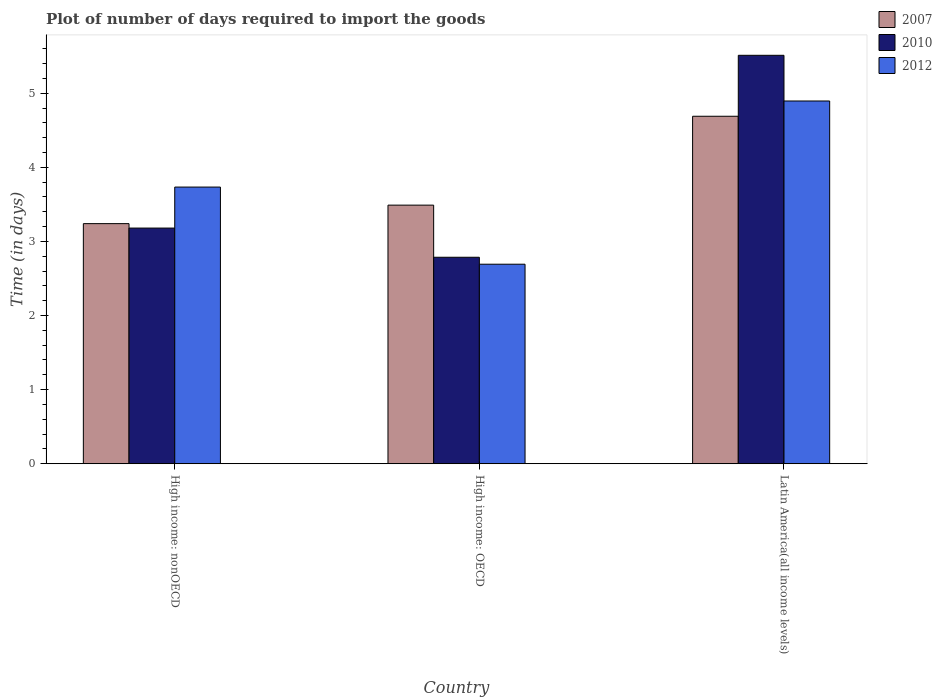
| Country | 2007 | 2010 | 2012 |
 | --- | --- | --- | --- |
 | High income: nonOECD | 3.24 | 3.18 | 3.73 |
 | High income: OECD | 3.49 | 2.79 | 2.69 |
 | Latin America(all income levels) | 4.69 | 5.51 | 4.89 |